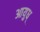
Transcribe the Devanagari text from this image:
आयुध्